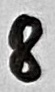
Text: 8